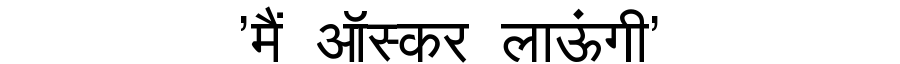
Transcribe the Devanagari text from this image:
'मैं ऑस्कर लाऊंगी'